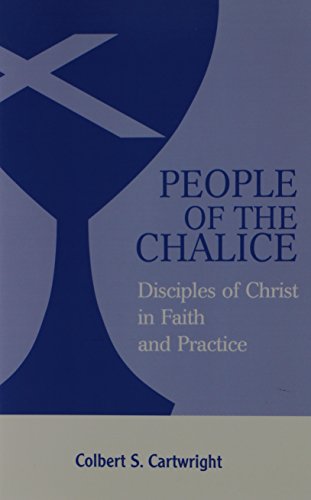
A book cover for People of the Chalice: Disciples of Christ in Faith and Practice; Colbert Cartwright; Christian Books & Bibles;